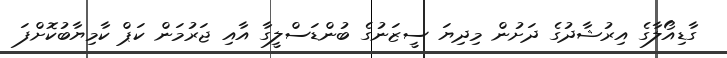
ގާޑިއޯލާގެ އިރުޝާދުގެ ދަށުން މިދިޔަ ސީޒަނުގެ ބުންޑަސްލީގާ އާއި ޖަރުމަން ކަޕް ކާމިޔާބުކޮށްފަ